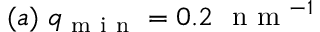
( a ) \ q _ { \mathrm { ~ m ~ i ~ n ~ } } = 0 . 2 \ \mathrm { ~ n ~ m ~ } ^ { - 1 }